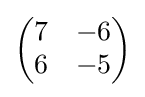
{\begin{pmatrix}7&-6\\6&-5\end{pmatrix}}